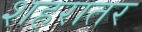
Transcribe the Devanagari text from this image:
शहरातर